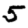
Digit: 5